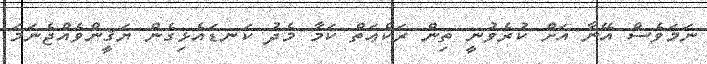
ނަމަވެސް އޭނާ އަށް ކުރެވުނީ ތިން ރަކްޢަތް ކަމާ މެދު ކަނޑައެޅިގެން ޔަޤީންވެއްޖެނަމަ